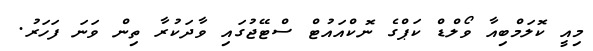
މިއީ ކޮލަމްބިއާ ވޯލްޑް ކަޕްގެ ނޮކްއައުޓް ސްޓޭޖުގައި ވާދަކުރާ ތިން ވަނަ ފަހަރު.